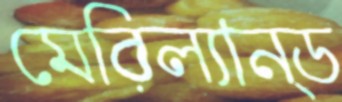
মেরিল্যান্ড